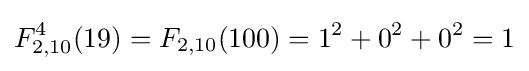
F_{2,10}^{4}(19)=F_{2,10}(100)=1^{2}+0^{2}+0^{2}=1